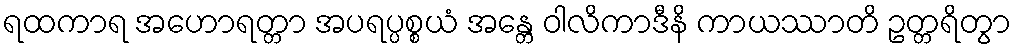
ရထကာရ အဟောရတ္တာ အပရပ္ပစ္စယံ အန္တေ ဝါလိကာဒီနိ ကာယဿာတိ ဥတ္တရိတွာ